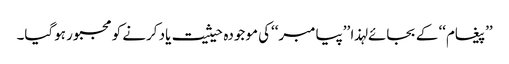
’’پیغام‘‘ کے بجائے لہذا ’’پیامبر‘‘کی موجودہ حیثیت یاد کرنے کو مجبور ہوگیا۔